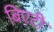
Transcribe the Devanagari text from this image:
बिएटी